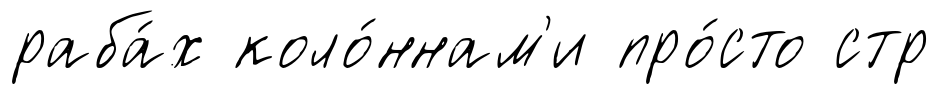
раба́х коло́ннам'и про́сто стр